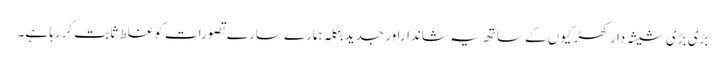
بڑی بڑی شیشہ دار کھڑکیوں کے ساتھ یہ شانداراور جدید بنگلہ ہمارے سارے تصورات کو غلط ثابت کررہا ہے۔